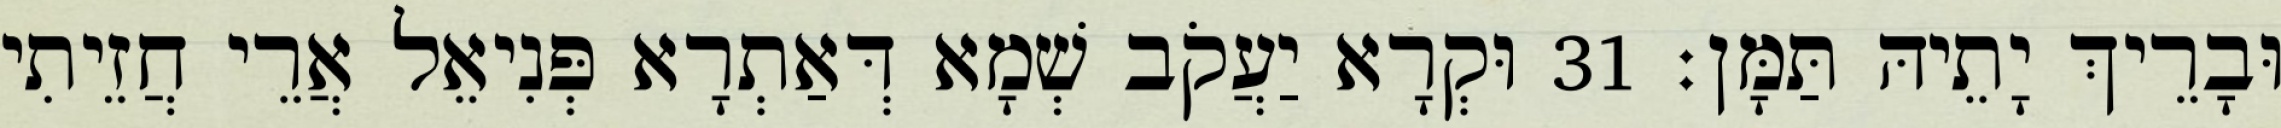
וּבָרֵיךְ יָתֵיהּ תַּמָּן׃ 31 וּקְרָא יַעֲקֹב שְׁמָא דְּאַתְרָא פְּנִיאֵל אֲרֵי חֲזֵיתִי